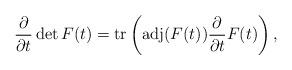
LaTeX: \begin{gather*}\frac{\partial}{\partial t}\det F(t) =\operatorname{tr}\left(\operatorname{adj}(F(t)) \frac{\partial}{\partial t}F(t) \right),\end{gather*}